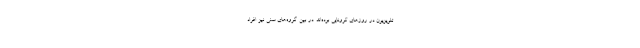
تلویزیون در روزهای کرونایی بوده‌­اند. در بین گروه‌های سنی نیز افراد